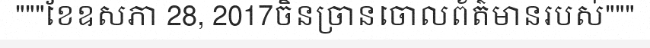
"""ខែឧសភា 28, 2017ចិនច្រានចោលព័ត៌មានរបស់"""